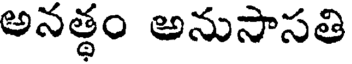
అనత్థం అనుసాసతి